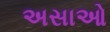
અસાઓ